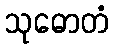
သုဓောတံ